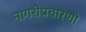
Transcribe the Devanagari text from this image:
नागरीप्रचारणी